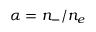
\alpha = n _ { - } / n _ { e }